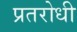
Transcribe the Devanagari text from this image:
प्रतरोधी